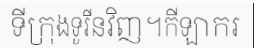
ទីក្រុងទូរីនវិញ។កីឡាករ